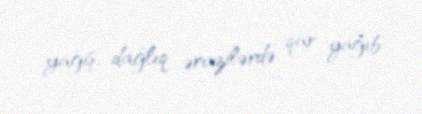
yağış, dağlıq ərazilərdə qar yağıb.